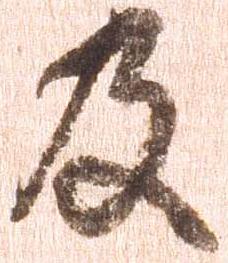
及